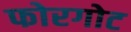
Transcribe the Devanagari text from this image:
फोरगोट